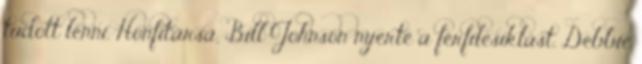
tudott lenni. Honfitársa, Bill Johnson nyerte a férfilesiklást, Debbie